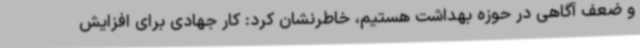
و ضعف آگاهی در حوزه بهداشت هستیم، خاطرنشان کرد: کار جهادی برای افزایش